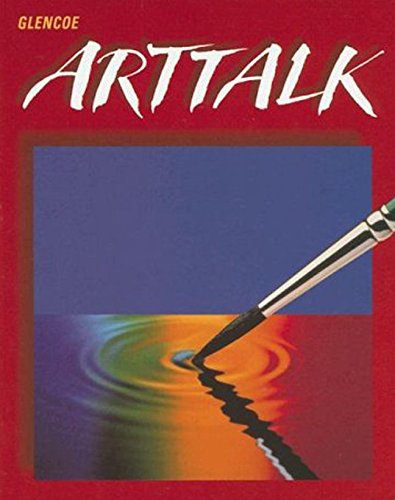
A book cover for Glencoe ArtTalk; McGraw-Hill Education; Teen & Young Adult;